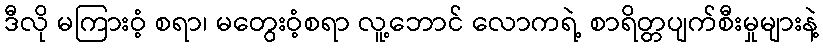
ဒီလို မကြားဝံ့ စရာ၊ မတွေးဝံ့စရာ လူ့ဘောင် လောကရဲ့ စာရိတ္တပျက်စီးမှုများနဲ့